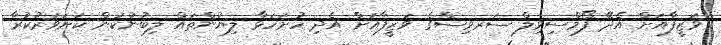
ވަޒީފާއަށް އެދޭ ފޯމްސިވިލް ސަރވިސްގެ ވަޒީފާއަށް އެދި ހުށަހަޅާ ލިޔުންތައް ލިބުނުކަން ކަށަވަރުކުރާ